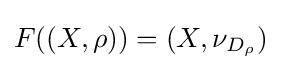
F((X,\rho ))=(X,\nu _{D_{\rho }})